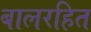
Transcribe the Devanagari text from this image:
बालरहित